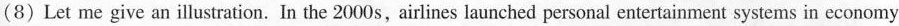
(8) Let me give an illustration, In the 2000s, airlines launched personal entertainment systems in economy